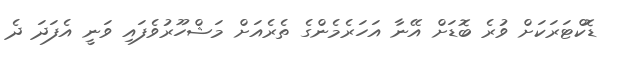
ޑޮކްޓަރަކަށް ވުރެ ބޮޑަށް އޭނާ އަހަރެމެންގެ ތެރެއަށް މަޝްހޫރުވެފައި ވަނީ އެފަދަ ދެ